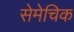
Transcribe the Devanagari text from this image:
सेमेचिक